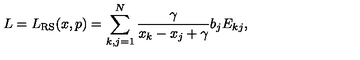
L = L _ { \mathrm { R S } } ( x , p ) = \sum _ { k , j = 1 } ^ { N } \frac { \gamma } { x _ { k } - x _ { j } + \gamma } b _ { j } E _ { k j } ,